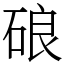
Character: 硠